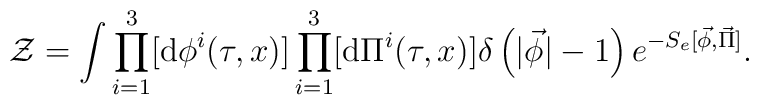
{\cal Z} = \int \prod_{i=1}^3 [{\rm d}{\phi}^i(\tau,x)]\prod_{i=1}^3[{\rm d}{\Pi}^i(\tau,x)]\delta\left(|\vec{\phi}|-1\right)e^{-S_e[\vec{\phi},\vec{\Pi}]}.